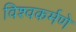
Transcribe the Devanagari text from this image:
विश्वकर्मणे